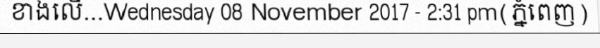
ខាងលើ...Wednesday 08 November 2017 - 2:31 pm(ភ្នំពេញ)